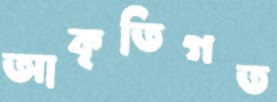
আকৃতিগত